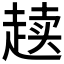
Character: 𰷸